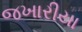
જખારીયા